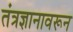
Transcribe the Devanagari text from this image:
तंत्रज्ञानावरून